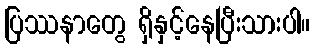
ပြဿနာတွေ ရှိနှင့်နေပြီးသားပါ။